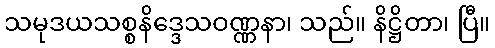
သမုဒယသစ္စနိဒ္ဒေသဝဏ္ဏနာ၊ သည်။ နိဋ္ဌိတာ၊ ပြီ။